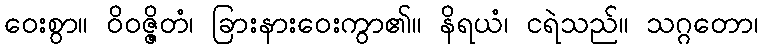
ဝေးစွာ။ ဝိဝဇ္ဇိတံ၊ ခြားနားဝေးကွာ၏။ နိရယံ၊ ငရဲသည်။ သဂ္ဂတော၊